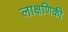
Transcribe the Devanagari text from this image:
लाक्षणिकी